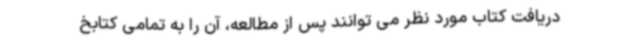
دریافت کتاب مورد نظر می توانند پس از مطالعه، آن را به تمامی کتابخ